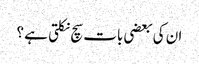
ان کی بعضی بات سچ نکلتی ہے ؟